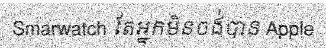
Smarwatch តែអ្នកមិនចង់បាន Apple